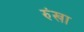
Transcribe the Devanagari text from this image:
रुंखा